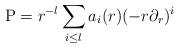
LaTeX: \begin{align*}\operatorname{P}=r^{-l}\sum\limits_{i\leq l}a_{i}(r)(-r\partial_{r})^{i} \end{align*}